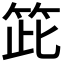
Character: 𥬳